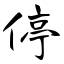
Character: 停